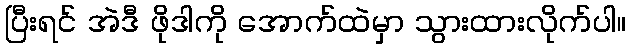
ပြီးရင် အဲဒီ ဖိုဒါကို အောက်ထဲမှာ သွားထားလိုက်ပါ။